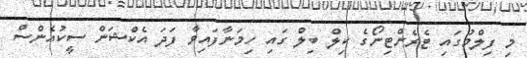
މި ފިލްމުގައި ޓެރެންޓިނޯގެ ކިލް ބިލް ގައި ހިމަނާފައިވާ ފަދަ އެކްޝަން ސީކުއެންސް